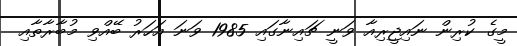
މީގެ ކުރިން ނައިޖީރިއާ ވަނީ ޗައިނާގައި 1985 ވަނަ އަހަރު ބޭއްވި މުބާރާތާއި